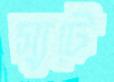
স্যুটে